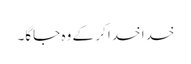
خدا خدا کر کے وہ جاگا۔